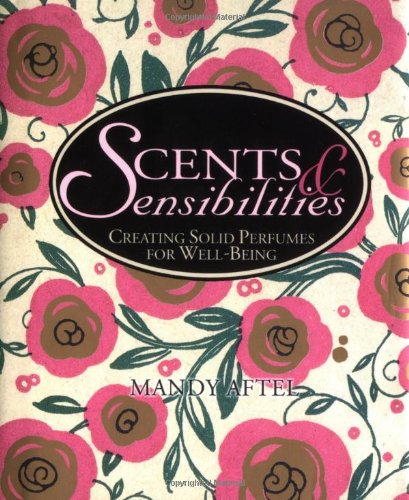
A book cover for Scents & Sensibilities: Creating Solid Perfumes for Well-Being; Mandy Aftel; Health, Fitness & Dieting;